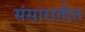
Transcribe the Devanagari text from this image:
संसारातीत